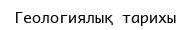
Геологиялық тарихы